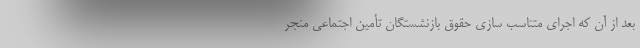
بعد از آن که اجرای متناسب سازی حقوق بازنشستگان تأمین اجتماعی منجر